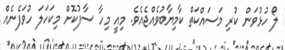
ލޯ ހުޅުވަން ކުރި މަސައްކަތް ކާމިޔާބުވެއްޖެއެވެ. މިއީ މިހާ ސާފުކޮށް މިކަހަލަ ހުވަފެނެއް